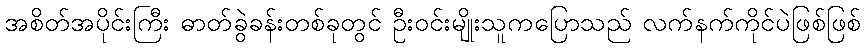
အစိတ်အပိုင်းကြီး ဓာတ်ခွဲခန်းတစ်ခုတွင် ဦးဝင်းမျိုးသူကပြောသည် လက်နက်ကိုင်ပဲဖြစ်ဖြစ်